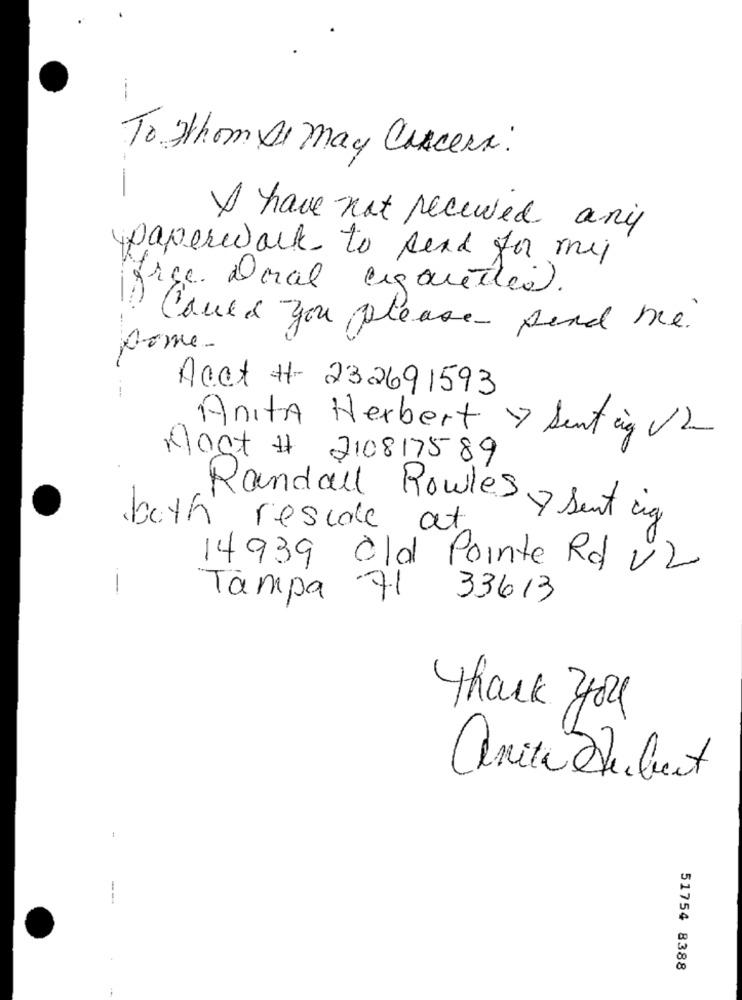
--
To whom It may Concern:
-
I have not received any
paperwork to send for my
force. Doral cigarettes.
Could you please send me.
Home-
Acct # 232691593
---
Anita Herbert 7 Sentag VZ
Post # 210817589
both reside at
Randall Rowles Sent eig
14939 Old Pointe Rd V2
-
Tampa 71
33613
thank you
51754 8388